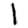
Digit: 1